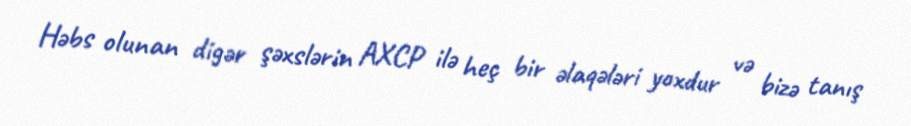
Həbs olunan digər şəxslərin AXCP ilə heç bir əlaqələri yoxdur və bizə tanış